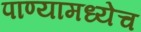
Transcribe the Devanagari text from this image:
पाण्यामध्येच